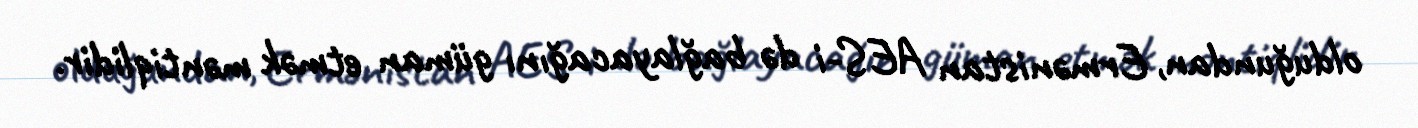
olduğundan, Ermənistan AES-i də bağlayacağını güman etmək məntiqlidir.